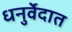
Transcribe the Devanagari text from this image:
धनुर्वेदात